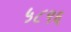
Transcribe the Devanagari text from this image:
५८९६